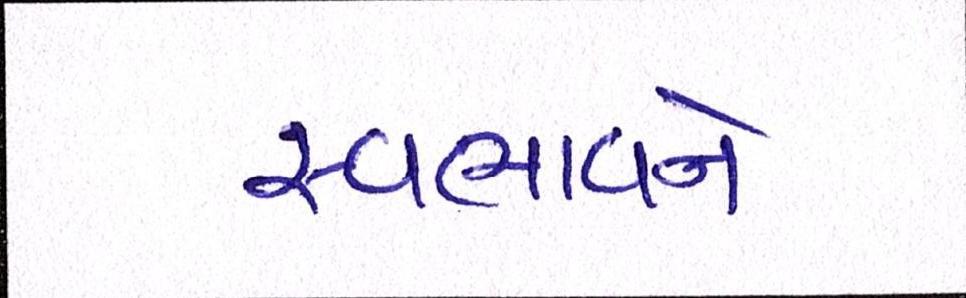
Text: સ્વભાવને